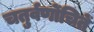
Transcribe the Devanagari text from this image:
चतुर्वर्णोचितें